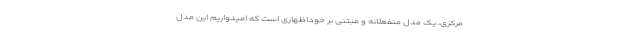
مرکزی، یک مدل منفعلانه و مبتنی بر خوداظهاری است که امیدواریم این مدل